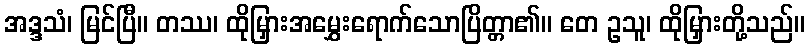
အဒ္ဒသံ၊ မြင်ပြီ။ တဿ၊ ထိုမြှားအမွှေးရောက်သောပြိတ္တာ၏။ တေ ဥသူ၊ ထိုမြှားတို့သည်။